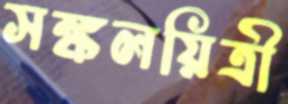
সঙ্কলয়িত্রী